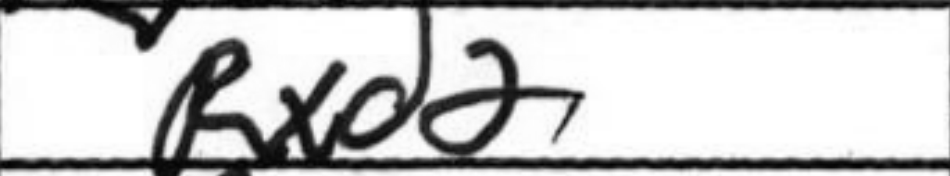
Transcription: Rxd2